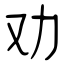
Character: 劝